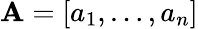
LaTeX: \mathbf{A}=[a_{1},\ldots,a_{n}]